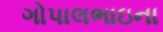
ગોપાલભાઇના